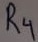
Text: R4